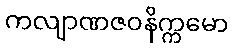
ကလျာဏဇဝနိက္ကမော